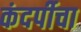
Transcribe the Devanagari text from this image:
कंदर्पीचा